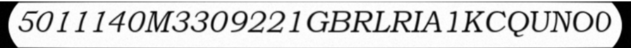
5011140M3309221GBRLRIA1KCQUNO0